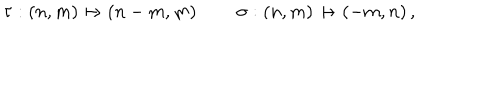
LaTeX: \tau : ( n , m ) \mapsto ( n - m , m ) \, \qquad \sigma : ( n , m ) \mapsto ( - m , n ) \, ,